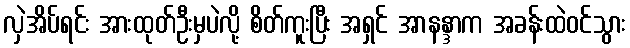
လှဲအိပ်ရင်း အားထုတ်ဦးမှပဲလို့ စိတ်ကူးပြီး အရှင် အာနန္ဒာက အခန်းထဲဝင်သွား